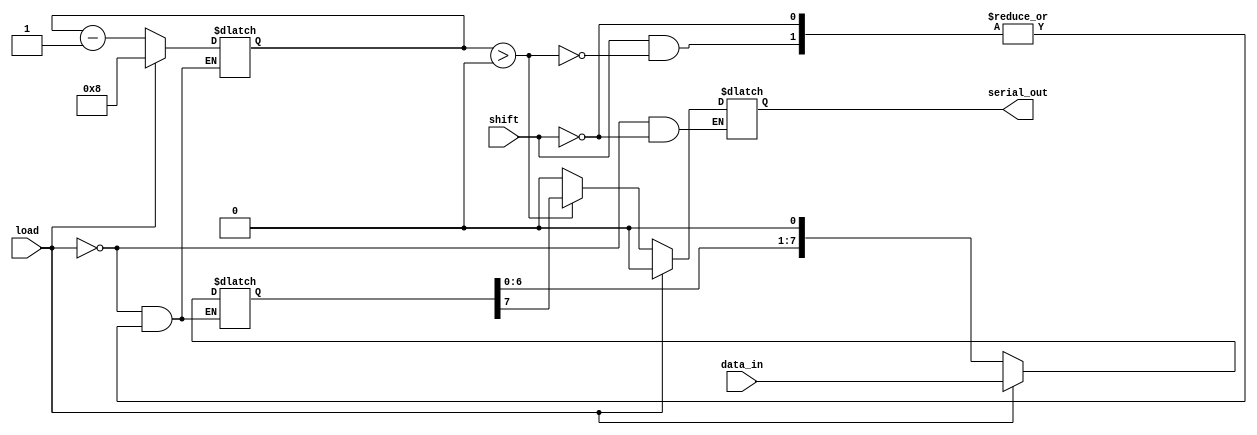
module PISO_Register #(
    parameter N = 8  // Width of the register
)(
    input wire [N-1:0] data_in,  // Parallel data input
    input wire load,              // Asynchronous load signal
    input wire shift,             // Asynchronous shift signal
    output reg serial_out         // Serial output
);

    reg [N-1:0] shift_reg;        // Shift register to hold the data
    reg [3:0] bit_count;          // Counter for the number of bits shifted out

    always @(*) begin
        // Load operation
        if (load) begin
            shift_reg <= data_in;  // Load data in parallel
            serial_out <= 1'b0;     // Reset serial output during load
            bit_count <= N;         // Reset bit count to N
        end
        // Shift operation
        else if (shift) begin
            if (bit_count > 0) begin
                serial_out <= shift_reg[N-1]; // Output the MSB
                shift_reg <= {shift_reg[N-2:0], 1'b0}; // Shift left
                bit_count <= bit_count - 1; // Decrement bit count
            end else begin
                serial_out <= 1'b0; // Output zero when no bits left to shift
            end
        end
    end

endmodule